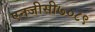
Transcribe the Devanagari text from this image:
एनजीसी७०८९